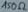
Text: 150Ω